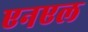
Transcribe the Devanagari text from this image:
एनएल